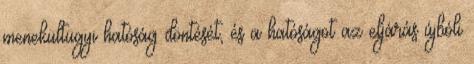
menekültügyi hatóság döntését, és a hatóságot az eljárás újbóli